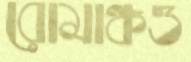
রোমাঞ্চও